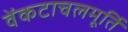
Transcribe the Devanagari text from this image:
वेंकटाचलमूर्ति